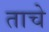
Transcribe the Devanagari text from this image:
ताचे